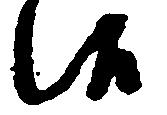
候